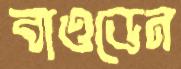
বাওডেন